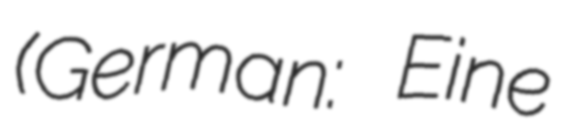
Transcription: (German: Eine